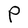
Character: P